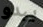
يبدو